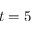
t = 5